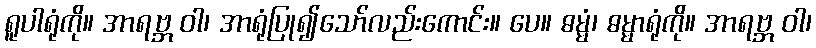
ရူပါရုံကို။ အာရဗ္ဘ ဝါ၊ အာရုံပြု၍သော်လည်းကောင်း။ ပေ။ ဓမ္မံ၊ ဓမ္မာရုံကို။ အာရဗ္ဘ ဝါ၊